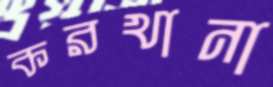
করখানা